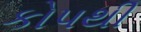
કોપથી